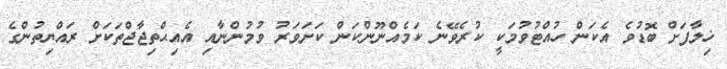
ޚިލާފަށް ބޮޑުވެ އެކަން ހުއްޓުވުމަކީ ކުރެވޭނެ ކަމެއްނޫންކަން ކަށަވަރު ވުމުންނާއި އެއިޙްތިޖާޖްތަކަށް ރައްޔިތުންގެ